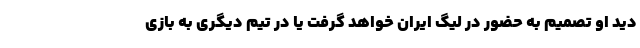
دید او تصمیم به حضور در لیگ ایران خواهد گرفت یا در تیم دیگری به بازی